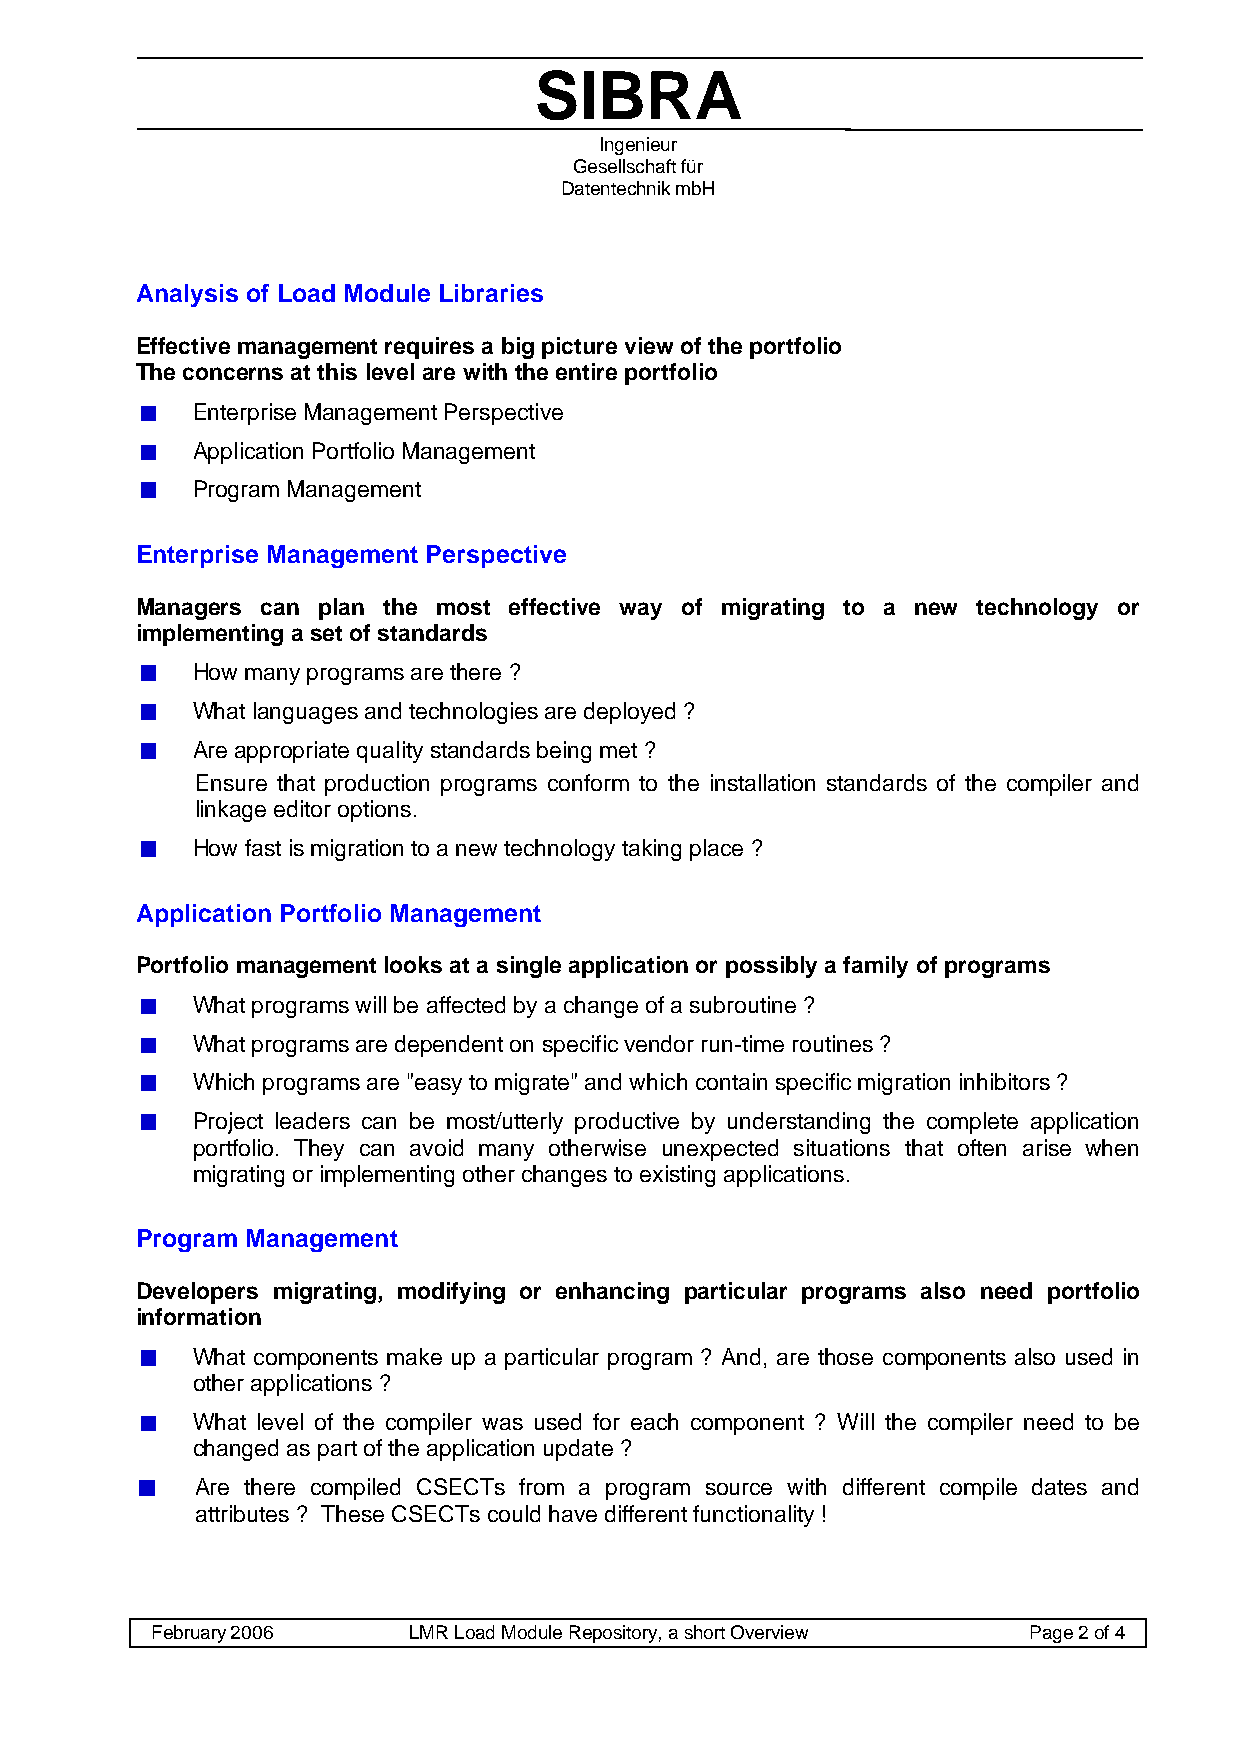
SIBRA
 Ingenieur
 Gesellschaft für
 Datentechnik mbH
 Analysis of Load Module Libraries
 Effective management requires a big picture view of the portfolio
 The concerns at this level are with the entire portfolio
 Enterprise Management Perspective
 Application Portfolio Management
 Program Management
 Enterprise Management Perspective
 Managers can plan the most effective way of migrating to a new technology or
 implementing a set of standards
 How many programs are there ?
 What languages and technologies are deployed ?
 Are appropriate quality standards being met ?
 Ensure that production programs conform to the installation standards of the compiler and
 linkage editor options.
 How fast is migration to a new technology taking place ?
 Application Portfolio Management
 Portfolio management looks at a single application or possibly a family of programs
 What programs will be affected by a change of a subroutine ?
 What programs are dependent on specific vendor run-time routines ?
 Which programs are "easy to migrate" and which contain specific migration inhibitors ?
 Project leaders can be most/utterly productive by understanding the complete application
 portfolio. They can avoid many otherwise unexpected situations that often arise when
 migrating or implementing other changes to existing applications.
 Program Management
 Developers migrating, modifying or enhancing particular programs also need portfolio
 information
 What components make up a particular program ? And, are those components also used in
 other applications ?
 What level of the compiler was used for each component ? Will the compiler need to be
 changed as part of the application update ?
 Are there compiled CSECTs from a program source with different compile dates and
 attributes ? These CSECTs could have different functionality !
 February 2006    LMR Load Module Repository, a short Overview Page 2 of 4